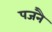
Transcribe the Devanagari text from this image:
पजनै